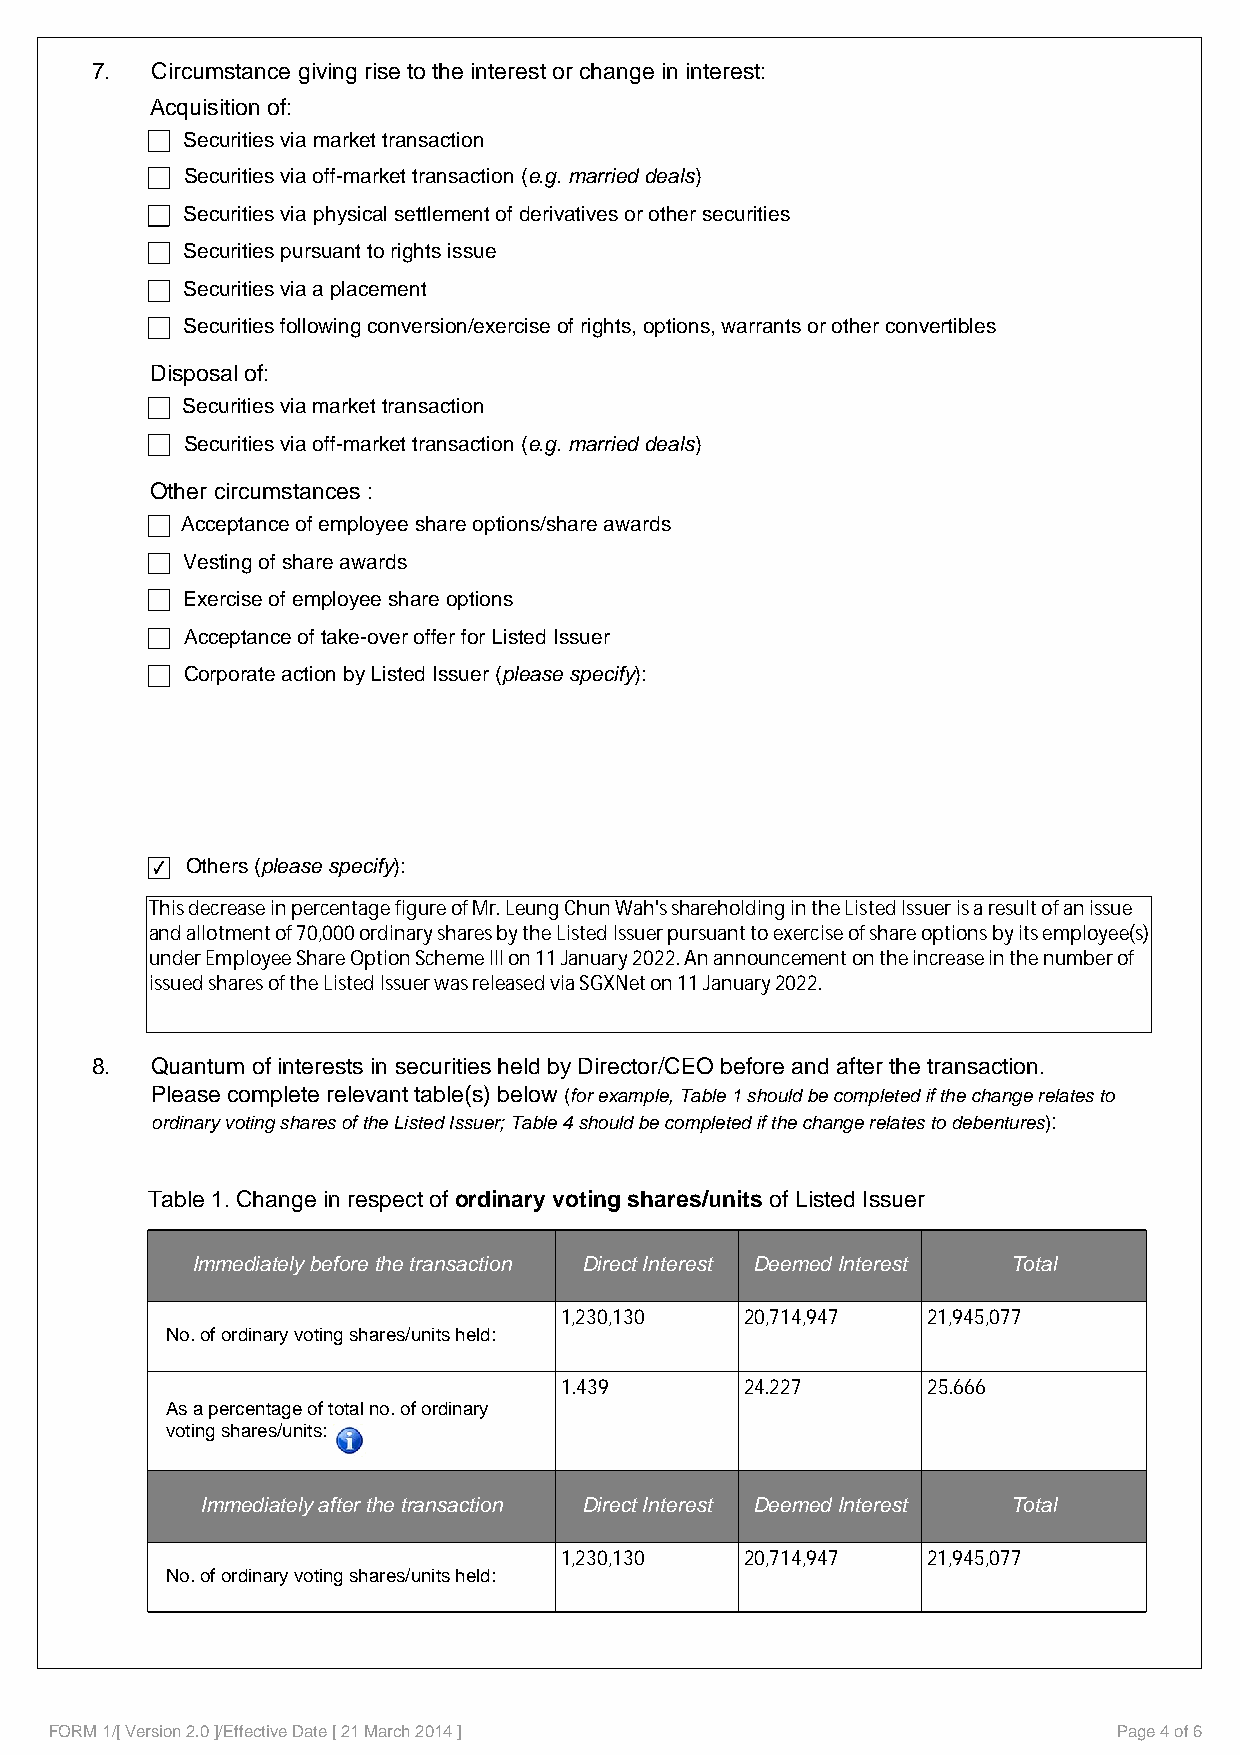
7.  Circumstance giving rise to the interest or change in interest:
 Acquisition of:
 Securities via market transaction
 Securities via off-market transaction (e.g. married deals)
 Securities via physical settlement of derivatives or other securities
 Securities pursuant to rights issue
 Securities via a placement
 Securities following conversion/exercise of rights, options, warrants or other convertibles
 Disposal of:
 Securities via market transaction
 Securities via off-market transaction (e.g. married deals)
 Other circumstances :
 Acceptance of employee share options/share awards
 Vesting of share awards
 Exercise of employee share options
 Acceptance of take-over offer for Listed Issuer
 Corporate action by Listed Issuer (please specify):
 Others (please specify):
 This decrease in percentage figure of Mr. Leung Chun Wah's shareholding in the Listed Issuer is a result of an issue
 and allotment of 70,000 ordinary shares by the Listed Issuer pursuant to exercise of share options by its employee(s)
 under Employee Share Option Scheme III on 11 January 2022. An announcement on the increase in the number of
 issued shares of the Listed Issuer was released via SGXNet on 11 January 2022.
 8.  Quantum of interests in securities held by Director/CEO before and after the transaction.
 Please complete relevant table(s) below (for example, Table 1 should be completed if the change relates to
 ordinary voting shares of the Listed Issuer; Table 4 should be completed if the change relates to debentures):
 Table 1. Change in respect of ordinary voting shares/units of Listed Issuer
 Immediately before the transaction Direct Interest Deemed Interest Total
 1,230,130   20,714,947  21,945,077
 No. of ordinary voting shares/units held:
 1.439       24.227      25.666
 As a percentage of total no. of ordinary
 voting shares/units:
 Immediately after the transaction Direct Interest Deemed Interest Total
 1,230,130   20,714,947  21,945,077
 No. of ordinary voting shares/units held:
 FORM 1/[ Version 2.0 ]/Effective Date [ 21 March 2014 ]                Page 4 of 6